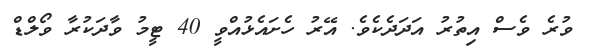
ވުރެ ވެސް އިތުރު އަދަދެކެވެ. އޭރު ހެށައެޅުއްވީ 40 ޓީމު ވާދަކުރާ ވޯލްޑް